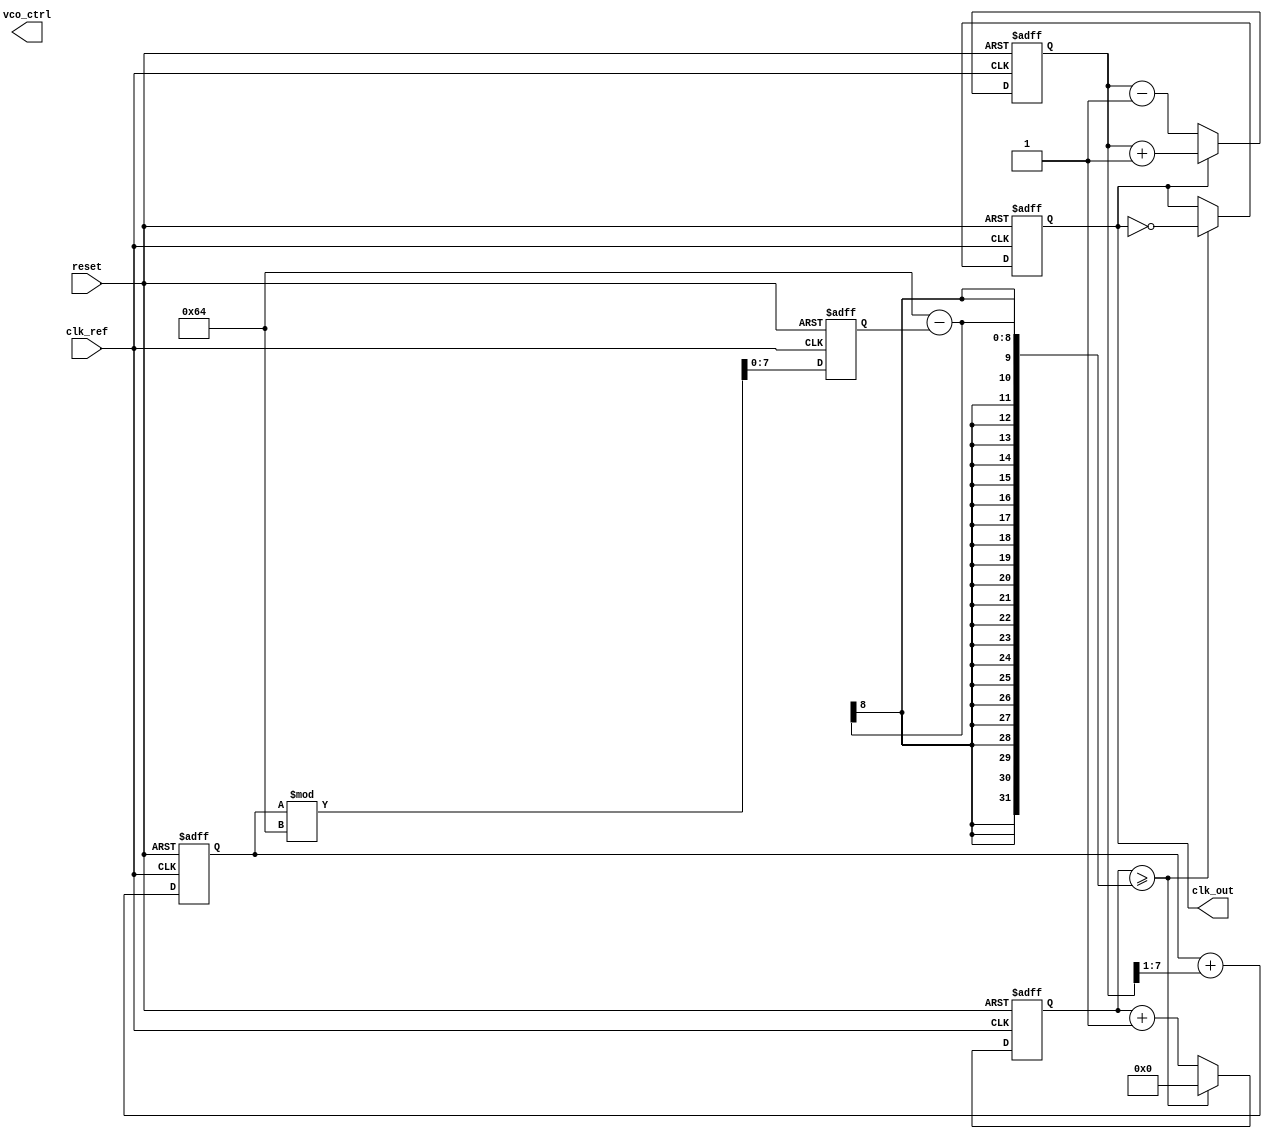
module low_jitter_pll (
    input wire clk_ref,         // Reference clock input
    input wire reset,          // Reset signal
    output reg clk_out,        // Output clock
    output reg [7:0] vco_ctrl  // Control signal for VCO (example width)
);

// Parameters
parameter DIV_RATIO = 4;      // Frequency divider ratio
parameter VCO_MAX_FREQ = 100; // Max frequency for VCO (example)

// Internal signals
reg [7:0] phase_err;          // Phase error signal
reg [7:0] loop_filter_out;    // Output of loop filter
reg [7:0] vco_freq;           // VCO frequency control
reg [31:0] vco_counter;       // VCO counter for clock generation
reg [1:0] fd_counter;         // Frequency divider counter

// Phase Detector (PD)
always @(posedge clk_ref or posedge reset) begin
    if (reset) begin
        phase_err <= 0;
    end else begin
        // Simple phase detector logic (example)
        if (clk_out) begin
            phase_err <= phase_err + 1; // Increment error signal
        end else begin
            phase_err <= phase_err - 1; // Decrement error signal
        end
    end
end

// Loop Filter (LF)
always @(posedge clk_ref or posedge reset) begin
    if (reset) begin
        loop_filter_out <= 0;
    end else begin
        // Simple first-order loop filter (example)
        loop_filter_out <= loop_filter_out + (phase_err >> 1); // Low-pass filter
    end
end

// Voltage-Controlled Oscillator (VCO)
always @(posedge clk_ref or posedge reset) begin
    if (reset) begin
        vco_freq <= 0;
        vco_counter <= 0;
        clk_out <= 0;
    end else begin
        // Update VCO frequency based on loop filter output
        vco_freq <= loop_filter_out[7:0] % VCO_MAX_FREQ; // Example frequency control
        vco_counter <= vco_counter + 1;

        // Generate output clock based on VCO frequency
        if (vco_counter >= (VCO_MAX_FREQ - vco_freq)) begin
            clk_out <= ~clk_out; // Toggle output clock
            vco_counter <= 0;
        end
    end
end

// Frequency Divider (FD)
always @(posedge clk_out or posedge reset) begin
    if (reset) begin
        fd_counter <= 0;
    end else begin
        // Simple frequency divider
        if (fd_counter == DIV_RATIO - 1) begin
            fd_counter <= 0;
            // Feedback to phase detector can be implemented here if needed
        end else begin
            fd_counter <= fd_counter + 1;
        end
    end
end

endmodule